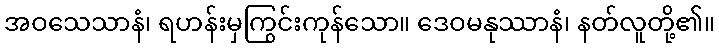
အဝသေသာနံ၊ ရဟန်းမှကြွင်းကုန်သော။ ဒေဝမနုဿာနံ၊ နတ်လူတို့၏။